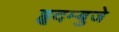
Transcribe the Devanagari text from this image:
हृदम्बुजे